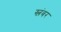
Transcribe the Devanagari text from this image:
स्लंबर